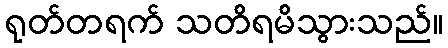
ရုတ်တရက် သတိရမိသွားသည်။